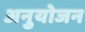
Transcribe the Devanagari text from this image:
अनुयोजन